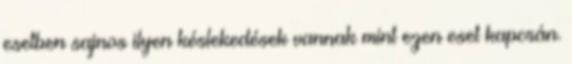
esetben sajnos ilyen késlekedések vannak mint ezen eset kapcsán.